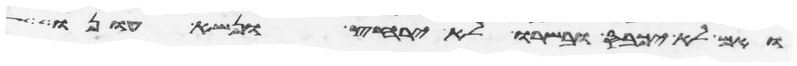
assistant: ואם לא יכבס ובשרו לא ירחץ ונשא עונו